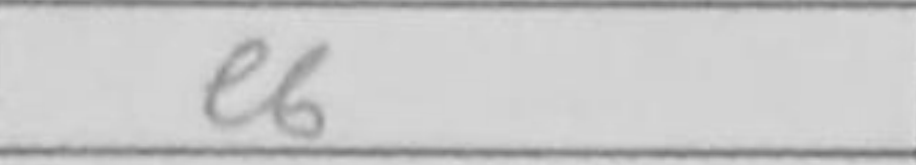
Transcription: e6